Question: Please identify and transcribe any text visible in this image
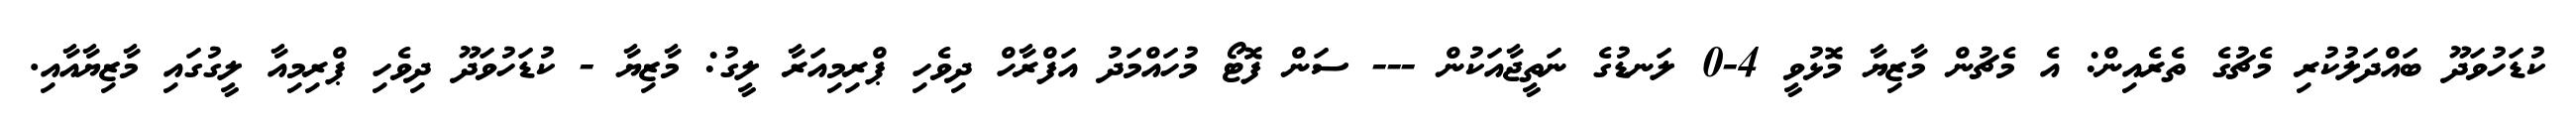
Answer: ކުޑަހުވަދޫ ބައްދަލުކުރި މެޗުގެ ތެރެއިން: އެ މެޗުން މާޒިޔާ މޮޅުވީ 4-0 ލަނޑުގެ ނަތީޖާއަކުން --- ސަން ފޮޓޯ މުހައްމަދު އަފްރާހް ދިވެހި ޕްރިމިއަރާ ލީގު: މާޒިޔާ - ކުޑަހުވަދޫ ދިވެހި ޕްރިމިއާ ލީގުގައި މާޒިޔާއާއި.